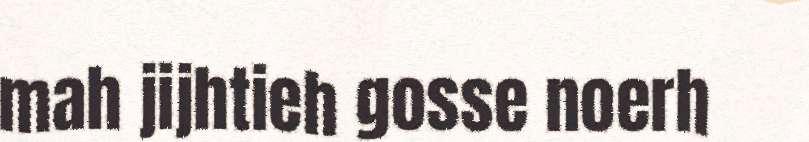
mah jijhtieh gosse noerh